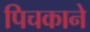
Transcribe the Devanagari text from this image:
पिचकाने